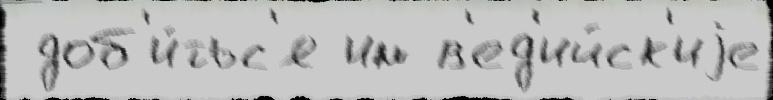
 доб'и́тьс'я им в'ед'ийск'иjе